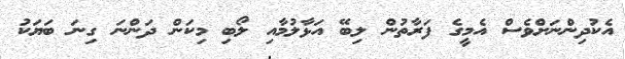
އެކުދިންނަށްވެސް އެމީގެ ފަރާތުން ލިބޭ އަޅާލުމާއި ލޯބި މިކަން ދަންނަ ގިނަ ބަޔަކު